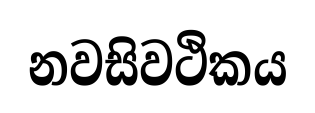
නවසිවථිකය